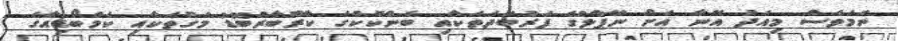
ނަމަވެސް މިއަދު އޭނާ އަށް ނޭޕާލްގެ ފަރުބަދަތަކާއި ބެންކޮކްގެ ކާރޫބާރުބޮޑު މަގުތަކާއި ކެމްބޯޑިއާގެ